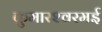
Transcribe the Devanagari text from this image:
कुमारश्‍वरमई